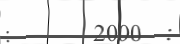
:       2000  :